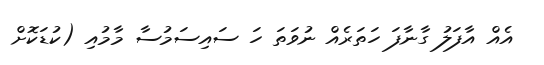
އެއް އާފަލު ގާނާފަ ހަތަރެއް ނުވަތަ ހަ ސައިސަމުސާ މާމުއި (ކުޑަކޮށް